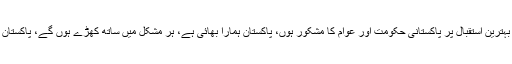
اس موقع پر ترک صدر رجب طیب اردوان نے کہا کہ بہترین استقبال پر پاکستانی حکومت اور عوام کا مشکور ہوں، پاکستان ہمارا بھائی ہے، ہر مشکل میں ساتھ کھڑے ہوں گے، پاکستان کو اپنا دوسرا گھر سمجھتے ہیں بھرپور ساتھ دیں گے۔